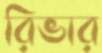
রিভার